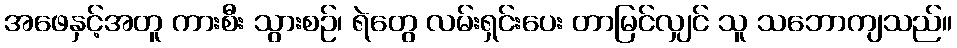
အဖေနှင့်အတူ ကားစီး သွားစဉ်၊ ရဲတွေ လမ်းရှင်းပေး တာမြင်လျှင် သူ သဘောကျသည်။